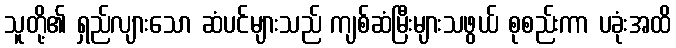
သူတို့၏ ရှည်လျားသော ဆံပင်များသည် ကျစ်ဆံမြီးများသဖွယ် စုစည်းကာ ပခုံးအထိ